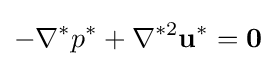
-\nabla ^{*}p^{*}+\nabla ^{*2}\mathbf {u^{*}} =\mathbf {0}